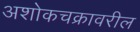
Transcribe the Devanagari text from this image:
अशोकचक्रावरील